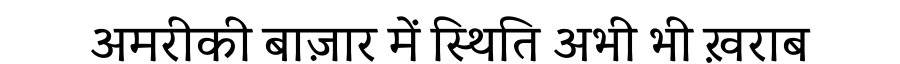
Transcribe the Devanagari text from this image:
अमरीकी बाज़ार में स्थिति अभी भी ख़राब